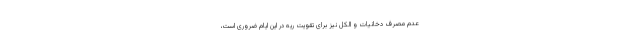
عدم مصرف دخانیات و الکل نیز برای تقویت ریه در این ایام ضروری است،